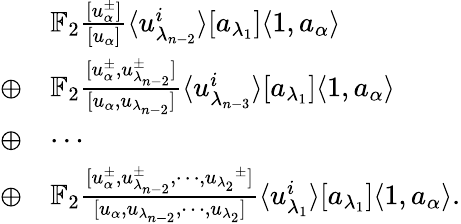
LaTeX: \begin{array}{rl}&{\mathbb{F}_{2}\frac{[u_{\alpha}^{\pm}]}{[u_{\alpha}]}\langle u_{\lambda_{n-2}}^{i}\rangle[a_{\lambda_{1}}]\langle 1,a_{\alpha}\rangle}\\ {\oplus}&{\mathbb{F}_{2}\frac{[u_{\alpha}^{\pm},u_{\lambda_{n-2}}^{\pm}]}{[u_{\alpha},u_{\lambda_{n-2}}]}\langle u_{\lambda_{n-3}}^{i}\rangle[a_{\lambda_{1}}]\langle 1,a_{\alpha}\rangle}\\ {\oplus}&{\cdots}\\ {\oplus}&{\mathbb{F}_{2}\frac{[u_{\alpha}^{\pm},u_{\lambda_{n-2}}^{\pm},\cdots,{u_{\lambda_{2}}}^{\pm}]}{[u_{\alpha},u_{\lambda_{n-2}},\cdots,u_{\lambda_{2}}]}\langle u_{\lambda_{1}}^{i}\rangle[a_{\lambda_{1}}]\langle 1,a_{\alpha}\rangle.}\end{array}